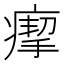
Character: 𤸪